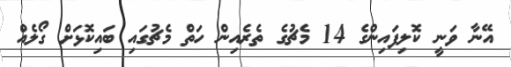
އޭނާ ވަނީ ކޮލިފައިންގެ 14 މެޗުގެ ތެރެއިން ހަތް މެޗުގައި ބައިކޮޅަށް ގޯލެއް